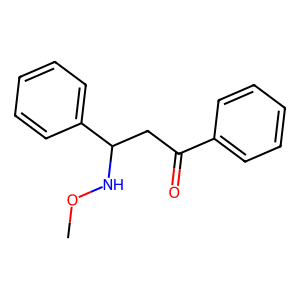
SMILES: CONC(CC(=O)c1ccccc1)c1ccccc1
Inhibits HIV replication: No